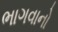
ભાગવાનો